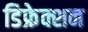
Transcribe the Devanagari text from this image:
डिफ्रेक्शन